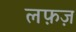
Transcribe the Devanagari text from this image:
लफ़ज़